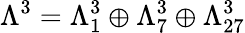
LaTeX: \Lambda^{3}=\Lambda_{1}^{3}\oplus\Lambda_{7}^{3}\oplus\Lambda_{27}^{3}